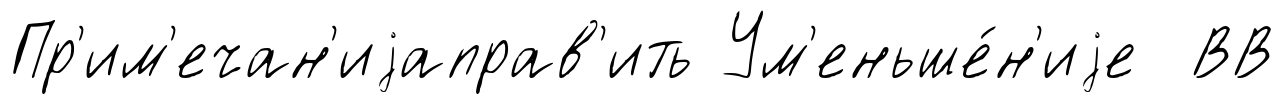
Пр'им'ечан'иjаправ'ить Ум'еньше́н'иjе ВВ